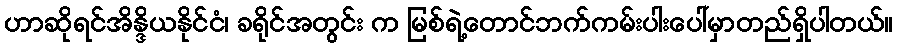
ဟာဆိုရင်အိန္ဒိယနိုင်ငံ၊ ခရိုင်အတွင်း က မြစ်ရဲ့တောင်ဘက်ကမ်းပါးပေါ်မှာတည်ရှိပါတယ်။